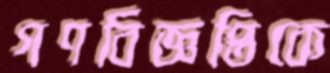
গণবিজ্ঞপ্তিকে